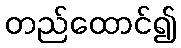
တည်ထောင်၍